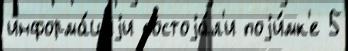
информа́циjи состоjа́л'и поjи́мк'е 5